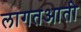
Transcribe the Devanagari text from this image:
लागतआती